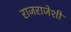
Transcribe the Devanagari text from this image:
राजराजेशी